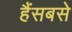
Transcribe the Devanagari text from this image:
हैंसबसे